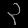
Digit: ၃